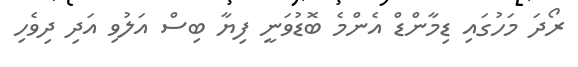
ރޯދަ މަހުގައި ޑިމާންޑް އެންމެ ބޮޑުވަނީ ފިޔާ ބިސް އަލުވި އަދި ދިވެހި